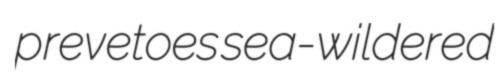
prevetoes sea-wildered